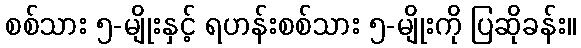
စစ်သား ၅-မျိုးနှင့် ရဟန်းစစ်သား ၅-မျိုးကို ပြဆိုခန်း။